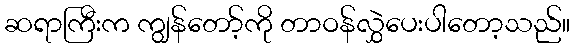
ဆရာကြီးက ကျွန်တော့်ကို တာဝန်လွှဲပေးပါတော့သည်။